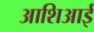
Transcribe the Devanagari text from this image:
आशिआई